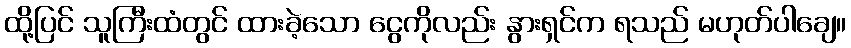
ထို့ပြင် သူကြီးထံတွင် ထားခဲ့သော ငွေကိုလည်း နွားရှင်က ရသည် မဟုတ်ပါချေ။